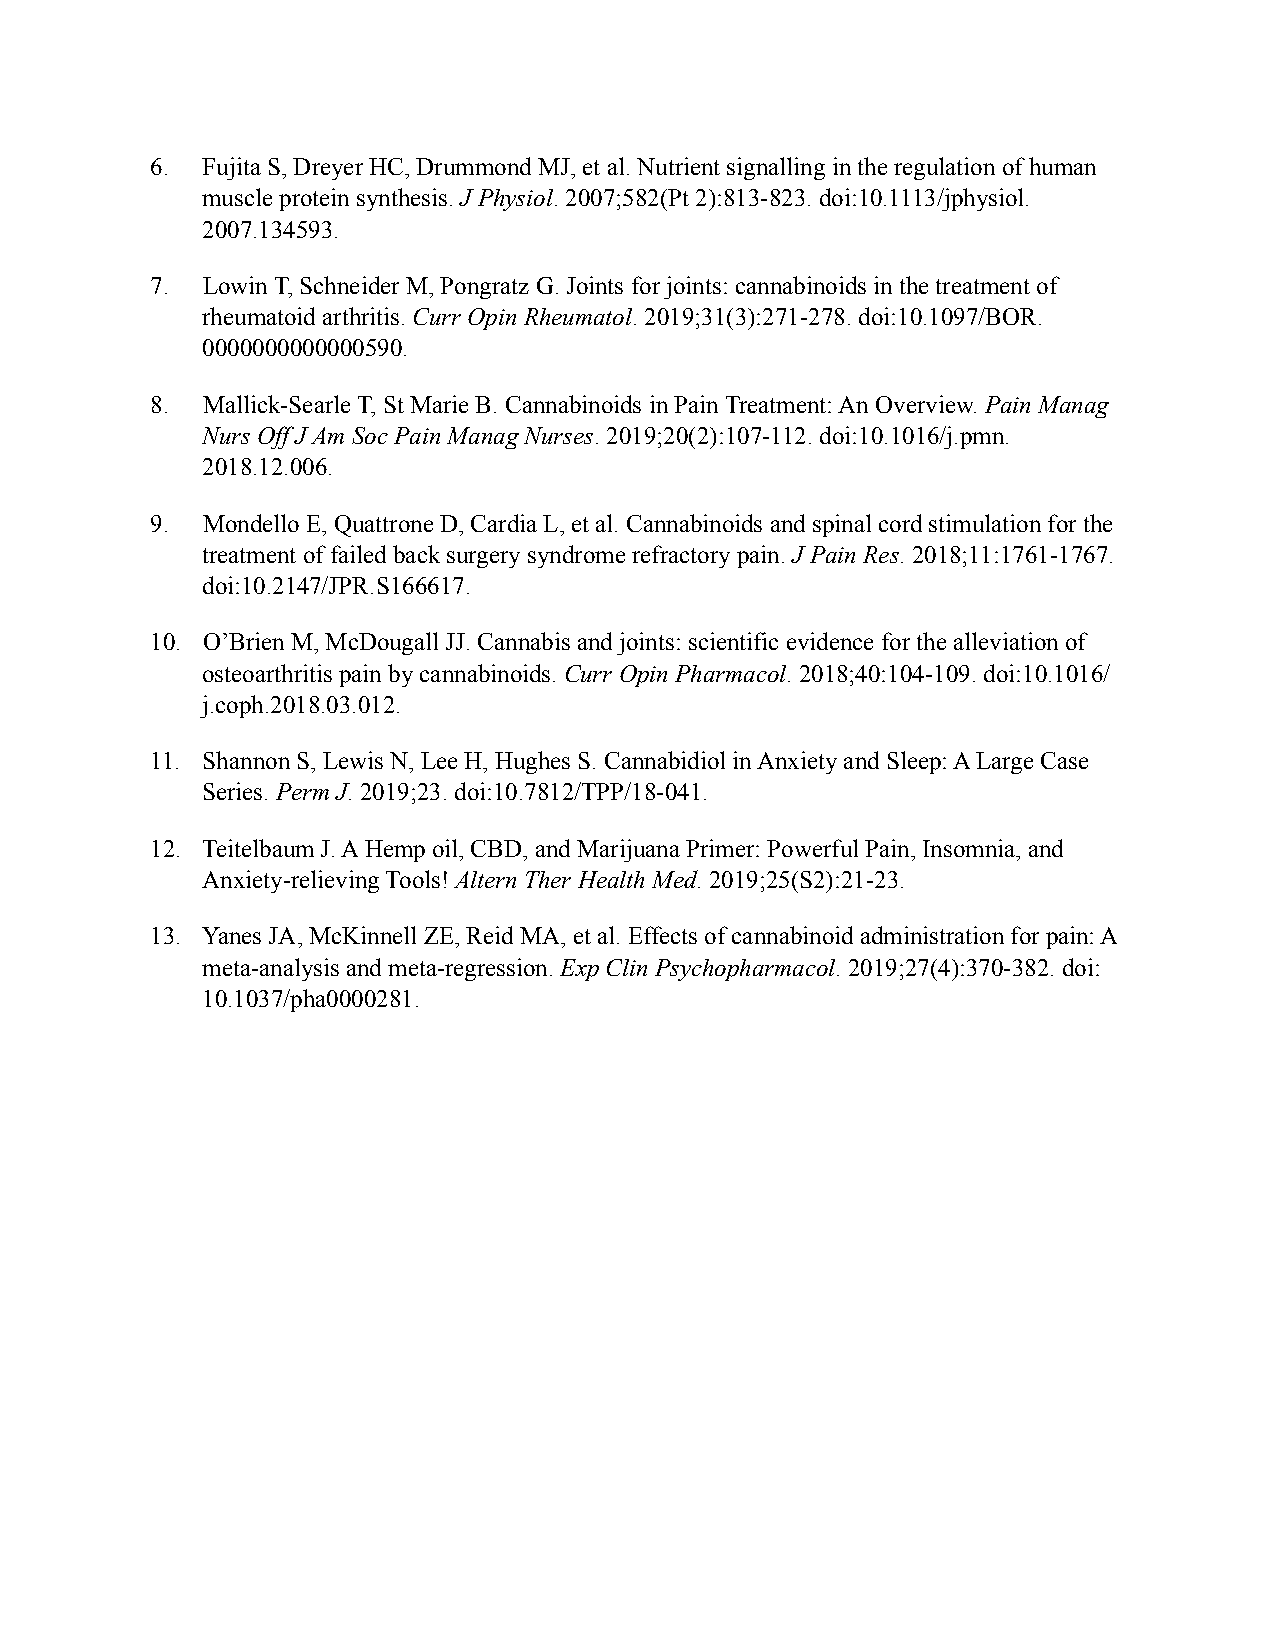
6. Fujita S, Dreyer HC, Drummond MJ, et al. Nutrient signalling in the regulation of human
 muscle protein synthesis. J Physiol. 2007;582(Pt 2):813-823. doi:10.1113/jphysiol.
 2007.134593.
 7. Lowin T, Schneider M, Pongratz G. Joints for joints: cannabinoids in the treatment of
 rheumatoid arthritis. Curr Opin Rheumatol. 2019;31(3):271-278. doi:10.1097/BOR.
 0000000000000590.
 8. Mallick-Searle T, St Marie B. Cannabinoids in Pain Treatment: An Overview. Pain Manag
 Nurs Off J Am Soc Pain Manag Nurses. 2019;20(2):107-112. doi:10.1016/j.pmn.
 2018.12.006.
 9. Mondello E, Quattrone D, Cardia L, et al. Cannabinoids and spinal cord stimulation for the
 treatment of failed back surgery syndrome refractory pain. J Pain Res. 2018;11:1761-1767.
 doi:10.2147/JPR.S166617.
 10. O’Brien M, McDougall JJ. Cannabis and joints: scientific evidence for the alleviation of
 osteoarthritis pain by cannabinoids. Curr Opin Pharmacol. 2018;40:104-109. doi:10.1016/
 j.coph.2018.03.012.
 11. Shannon S, Lewis N, Lee H, Hughes S. Cannabidiol in Anxiety and Sleep: A Large Case
 Series. Perm J. 2019;23. doi:10.7812/TPP/18-041.
 12. Teitelbaum J. A Hemp oil, CBD, and Marijuana Primer: Powerful Pain, Insomnia, and
 Anxiety-relieving Tools! Altern Ther Health Med. 2019;25(S2):21-23.
 13. Yanes JA, McKinnell ZE, Reid MA, et al. Effects of cannabinoid administration for pain: A
 meta-analysis and meta-regression. Exp Clin Psychopharmacol. 2019;27(4):370-382. doi:
 10.1037/pha0000281.